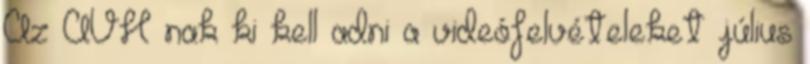
Az ÁVH nak ki kell adni a videófelvételeket július